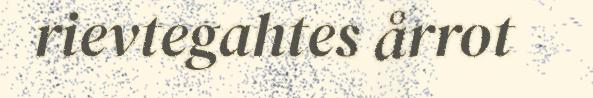
rievtegahtes årrot